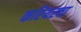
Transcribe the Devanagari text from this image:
करियरचा